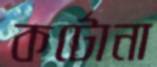
কর্টোনা